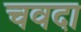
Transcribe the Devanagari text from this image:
चवदा